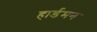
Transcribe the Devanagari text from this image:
हार्डमन